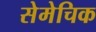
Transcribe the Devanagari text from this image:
सेमेचिक